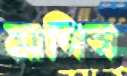
মাগিস